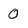
Character: 0